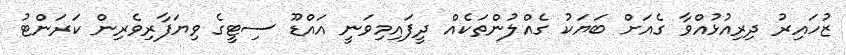
ޒުހައިރު ދިރިއުޅުއްވާ ގެއަށް ބަޔަކު ގެއްލުންތަކެއް ދީފައިމިވަނީ އައްޑޫ ސިޓީގެ ވިޔަފާރިވެރިން ކަރަންޓު